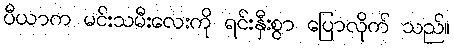
ပီယာက မင်းသမီးလေးကို ရင်းနှီးစွာ ပြောလိုက် သည်။